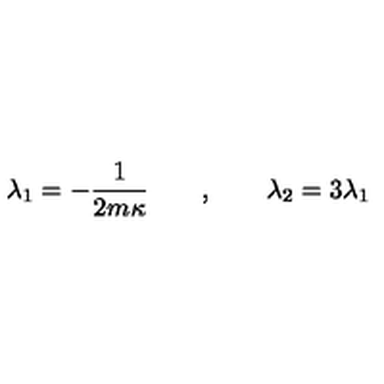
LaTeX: \lambda _ { 1 } = - { \frac { 1 } { 2 m \kappa } } \qquad , \qquad \lambda _ { 2 } = 3 \lambda _ { 1 }